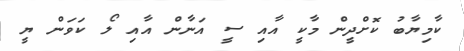
ކާމިޔާބު ކޮށްދީން މާކީ އާއި ސީ އަނާން އާއި ލޯ ކަވަން ޔީ